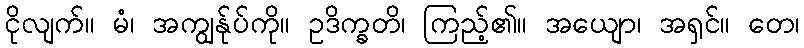
ငိုလျက်။ မံ၊ အကျွန်ုပ်ကို။ ဥဒိက္ခတိ၊ ကြည့်၏။ အယျော၊ အရှင်။ တေ၊